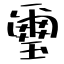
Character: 璽